Theory and practice of anti-rabic immunisation - Number 30
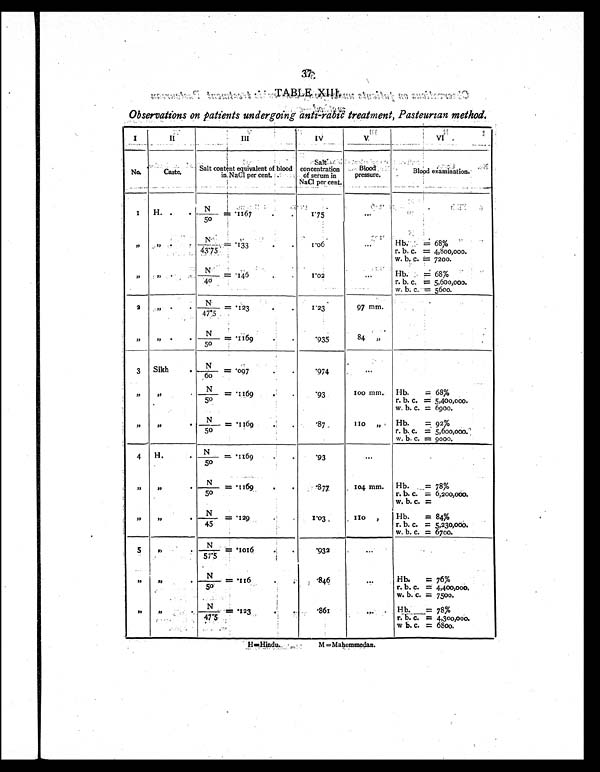
TABLE XI I I .
Observations on patients undergoing anti-rabic treatment, Pasteurian method.
I
II
III
IV
V
VI
No.
Caste.
Salt content equivalent of blood
in NaCl per cent.
Salt
concentration
of serum in
NaC1 per cent.
Blood
pressure.
Blood examination.
1
H.
N/50 = .1167
1 . 7 5
...
" "
N / 4 3 . 7 5 = . 1
3 3
1 . 0 6
. . .
Hb. =
68%
r. b. c. = 4,800,000.
w. b. c. = 7200.
" "
N / 4 0 = . 1 4 6
1.02
...
Hb. = 68%
r. b. c. = 5,600,000.
w. b. c. = 5600.
2
"
N
/ 4 7 . 5 = . 123
1.23
97 mm.
" "
N
/50 = .1169
.935
84 "
3 Sikh
N/60 = .097
.974
. . .
" "
N/50 = .1169
. 9 3
100 mm. Hb. = 68%
r. b. c. = 5,400,000.
w. b. c. = 6900.
" "
N/50 =
.1169
. 8 7
110 "
Hb. = 92%
r. b. c. = 5,600,000
w. b. c. = 9000.
4
H.
N/50 = .1169
.93
. . .
""
N/50 = .116
9
.877
104 mm. Hb. =
78%
r. b. c. = 6,200,000.
w. b. c. =
""
N/45 = .129
1.03
110
Hb. = 84%
r. b. c. = 5,230,000.
w. b. c. = 6700.
5
N/57.5 = .1
016
.932
...
" "
N / 5 0 = . 1 1 6
.846
. . .
Hb. = 76%
r. b. c. = 4,400,000.
w. b. c. = 7500.
" "
N/47.5 = .123
. 8 6 1
. . .
H b. = .78%
r. b. c. = 4,300,000.
w b. c. = 6800.
M = Mahommedan.